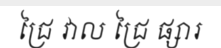
ជ្រៃ វាល ជ្រៃ ផ្សារ